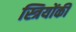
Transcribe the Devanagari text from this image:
स्त्रियोंकी